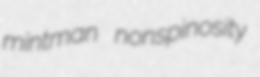
mintman nonspinosity